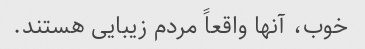
خوب، آنها واقعاً مردم زیبایی هستند.